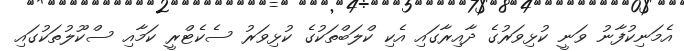
އެމަނިކުފާނު ވަނީ ކުޅިވަރުގެ ދާއިރާގައި އެކި ކްލަބްތަކުގެ ކުޅިވަރު ސެކެޓްރީ ކަމާއި ސްކޫލުތަކުގައި